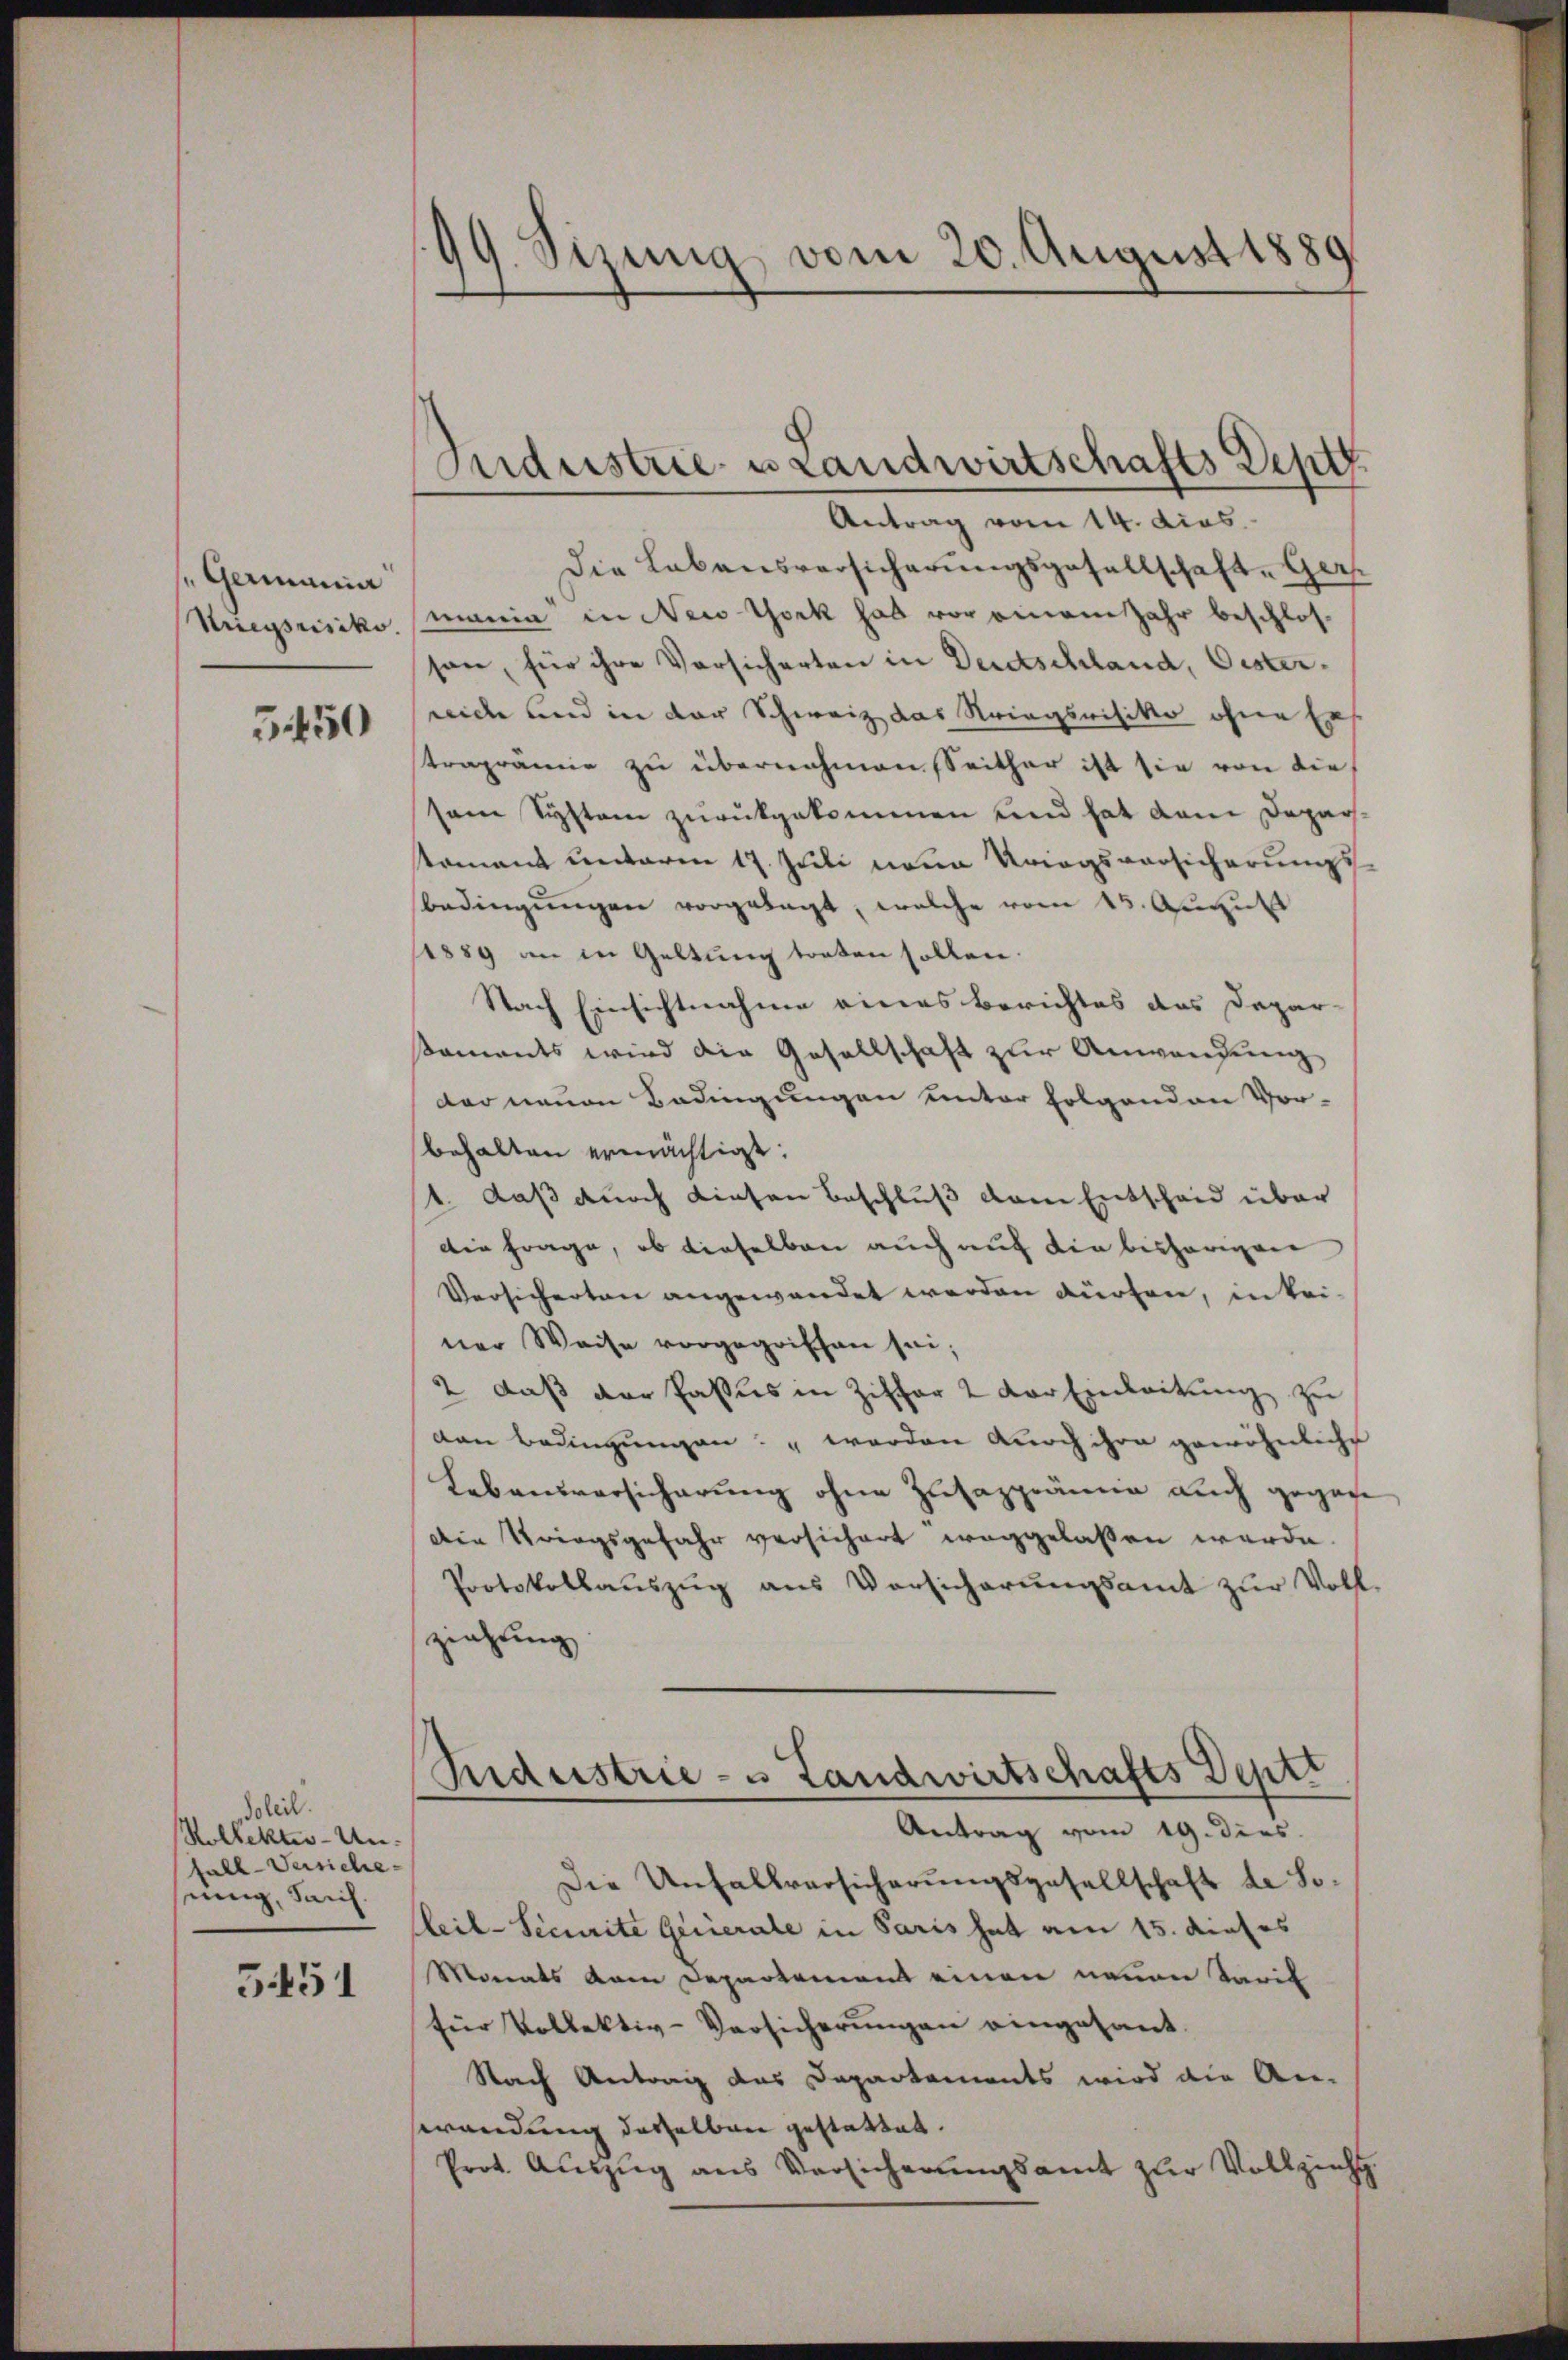
"Germania
Striegsrisiko

5450

Soleil
Kollektes - Un-
fall-Versiche
sung, Saich.

5451

99. Sizung vom 20. August 1889

Industrie u Landwirtschafts Dept.

Antrag vom 14. dies
Die Lebensversicherungsgesellschaft-Ger.
manin in New York hat vor einem Jahr beschlosson, für ihre Versicherten in Derdschland, Oesterwiche und in der Schweiz das Kriegsvisiko ohne Ers
traprämie zu übernahmen Seither ist sie von die
sene System zurückgekommen und hat dem Deparsamant unteren 17. Juli neue Kriegsvorsicherungsbedingungen vorgelegt, welche vom 15. August
1889 an in Geltung treten sollen.
Nach Einsichtnahme eines Berichtes das Dapar-
kaments wird die Gesellschaft zur Anwendung
der neuen Bedingungen unter folgenden Vor-
behalten ermächtigt:
1. daß durch diesen Beschluß dem Entscheid über
Die Frage, ob dieselben auch auch die bisherigen
Versicherten angewendet werden dürfen, in keiner Weise vorgegriffen sei;
2 daß der Passus in Ziffer 2 der Einleitung zu
dan Bedingungen: " werden durch ihre gewöhnliche
Lebensversicherung ohne Zusazprämie auch gegen
Die Kriegsgefahr versichert weggelassen werde.
Protokollaŭszŭg aus Versicherŭngsamt zŭr Voll-
ziehung
Industrie- u Landwirtschafts Deptt
Antrag vom 19. dies
Die Unfallversicherungsgesellschaft de Soleil-Securite Generale in Paris hat am 15. dieses
Monats vom Departement einen neuen Tarif
für Vollektiv-Versicherungen eingesant.
Nach Antrag das Departements wird die An-
wendung desselben gestattet.
Prot. Auszug aus Versicherŭngsamt zur Vollzieht.